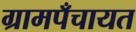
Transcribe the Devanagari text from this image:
ग्रामपँचायत